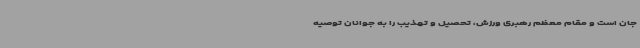
جان است و مقام معظم رهبری ورزش، تحصیل و تهذیب را به جوانان توصیه